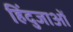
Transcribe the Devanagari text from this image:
हिंदुजाओं